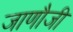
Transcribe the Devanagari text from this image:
जाणौजी